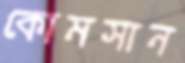
কোমসান